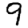
Digit: 9